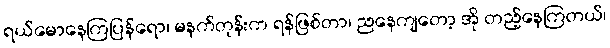
ရယ်မောနေကြပြန်ရော၊ မနက်တုန်းက ရန်ဖြစ်တာ၊ ညနေကျတော့ အို တည့်နေကြတယ်၊